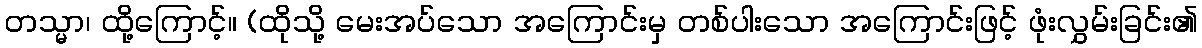
တသ္မာ၊ ထို့ကြောင့်။ (ထိုသို့ မေးအပ်သော အကြောင်းမှ တစ်ပါးသော အကြောင်းဖြင့် ဖုံးလွှမ်းခြင်း၏